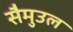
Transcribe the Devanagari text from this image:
सैमुउल